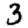
Digit: 3